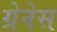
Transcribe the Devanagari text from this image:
ग्रेनेस